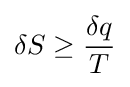
{{\rm {\delta }}S}\geq {\frac {{\rm {\delta }}q}{T}}